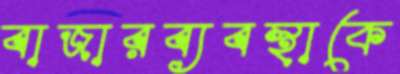
বাজারব্যবস্থাকে